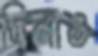
দিনাও